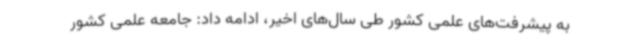
به پیشرفت‌های علمی کشور طی سال‌های اخیر، ادامه داد: جامعه علمی کشور